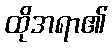
ထိုအရာ၏